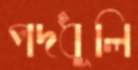
পদধূলি